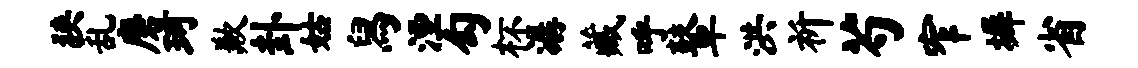
狭乱磨珂歉卦姑舄湮勾杯潺藏呼鼙洪祈芍窄墀省